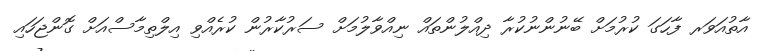
އާތުއަވަރ ފާހަގަ ކުރުމަށް ބޭނުންނުކުރާ ދިއްލުންތައް ނިއްވާލުމަށް ސަރުކާރުން ކުރެއްވި އިލްތިމާސްއަށް ގޮންޖަހައި